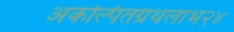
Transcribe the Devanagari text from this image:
अकल्पितग्रंथलाभ२४